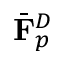
\bar { \mathbf { F } } _ { p } ^ { D }